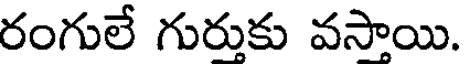
రంగులే గురుకు వసాయి.